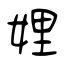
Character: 娌